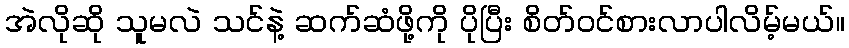
အဲလိုဆို သူမလဲ သင်နဲ့ ဆက်ဆံဖို့ကို ပိုပြီး စိတ်ဝင်စားလာပါလိမ့်မယ်။